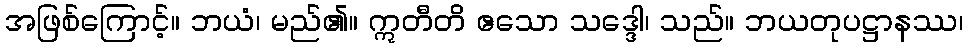
အဖြစ်ကြောင့်။ ဘယံ၊ မည်၏။ ဣတီတိ ဧသော သဒ္ဒေါ၊ သည်။ ဘယတုပဋ္ဌာနဿ၊